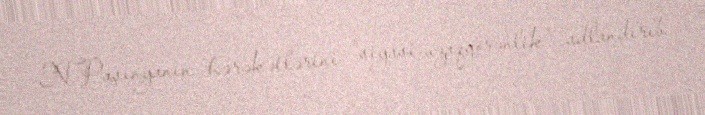
N.Paşinyanın hərəkətlərini "siyasi uzaqgörənlik" adlandırıb.